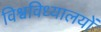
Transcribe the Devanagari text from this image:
विश्वविध्यालयों